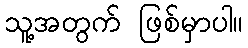
သူ့အတွက် ဖြစ်မှာပါ။